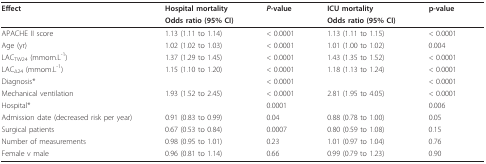
<table><thead><tr><td><b>Effect</b></td><td><b>Hospital mortality</b></td><td><b><i>P</i>-value</b></td><td><b>ICU mortality</b></td><td><b>p-value</b></td></tr><tr><td>[EMPTY_CELL]</td><td><b>Odds ratio (95% CI)</b></td><td>[EMPTY_CELL]</td><td><b>Odds ratio (95% CI)</b></td><td>[EMPTY_CELL]</td></tr></thead><tbody><tr><td>APACHE II score</td><td>1.13 (1.11 to 1.14)</td><td>&lt; 0.0001</td><td>1.13 (1.11 to 1.15)</td><td>&lt; 0.0001</td></tr><tr><td>Age (yr)</td><td>1.02 (1.02 to 1.03)</td><td>&lt; 0.0001</td><td>1.01 (1.00 to 1.02)</td><td>0.004</td></tr><tr><td>LAC<sub>TW24 </sub>(mmom.L<sup>-1</sup>)</td><td>1.37 (1.29 to 1.45)</td><td>&lt; 0.0001</td><td>1.43 (1.35 to 1.52)</td><td>&lt; 0.0001</td></tr><tr><td>LAC<sub>Δ24 </sub>(mmom.L<sup>-1</sup>)</td><td>1.15 (1.10 to 1.20)</td><td>&lt; 0.0001</td><td>1.18 (1.13 to 1.24)</td><td>&lt; 0.0001</td></tr><tr><td>Diagnosis*</td><td>[EMPTY_CELL]</td><td>&lt; 0.0001</td><td>[EMPTY_CELL]</td><td>&lt; 0.0001</td></tr><tr><td>Mechanical ventilation</td><td>1.93 (1.52 to 2.45)</td><td>&lt; 0.0001</td><td>2.81 (1.95 to 4.05)</td><td>&lt; 0.0001</td></tr><tr><td>Hospital*</td><td>[EMPTY_CELL]</td><td>0.0001</td><td>[EMPTY_CELL]</td><td>0.006</td></tr><tr><td>Admission date (decreased risk per year)</td><td>0.91 (0.83 to 0.99)</td><td>0.04</td><td>0.88 (0.78 to 1.00)</td><td>0.05</td></tr><tr><td>Surgical patients</td><td>0.67 (0.53 to 0.84)</td><td>0.0007</td><td>0.80 (0.59 to 1.08)</td><td>0.15</td></tr><tr><td>Number of measurements</td><td>0.98 (0.95 to 1.01)</td><td>0.23</td><td>1.01 (0.97 to 1.04)</td><td>0.76</td></tr><tr><td>Female v male</td><td>0.96 (0.81 to 1.14)</td><td>0.66</td><td>0.99 (0.79 to 1.23)</td><td>0.90</td></tr></tbody></table>